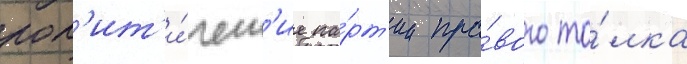
пол'ит'и́ческ'ие па́рт'ии пра́вого то́лка